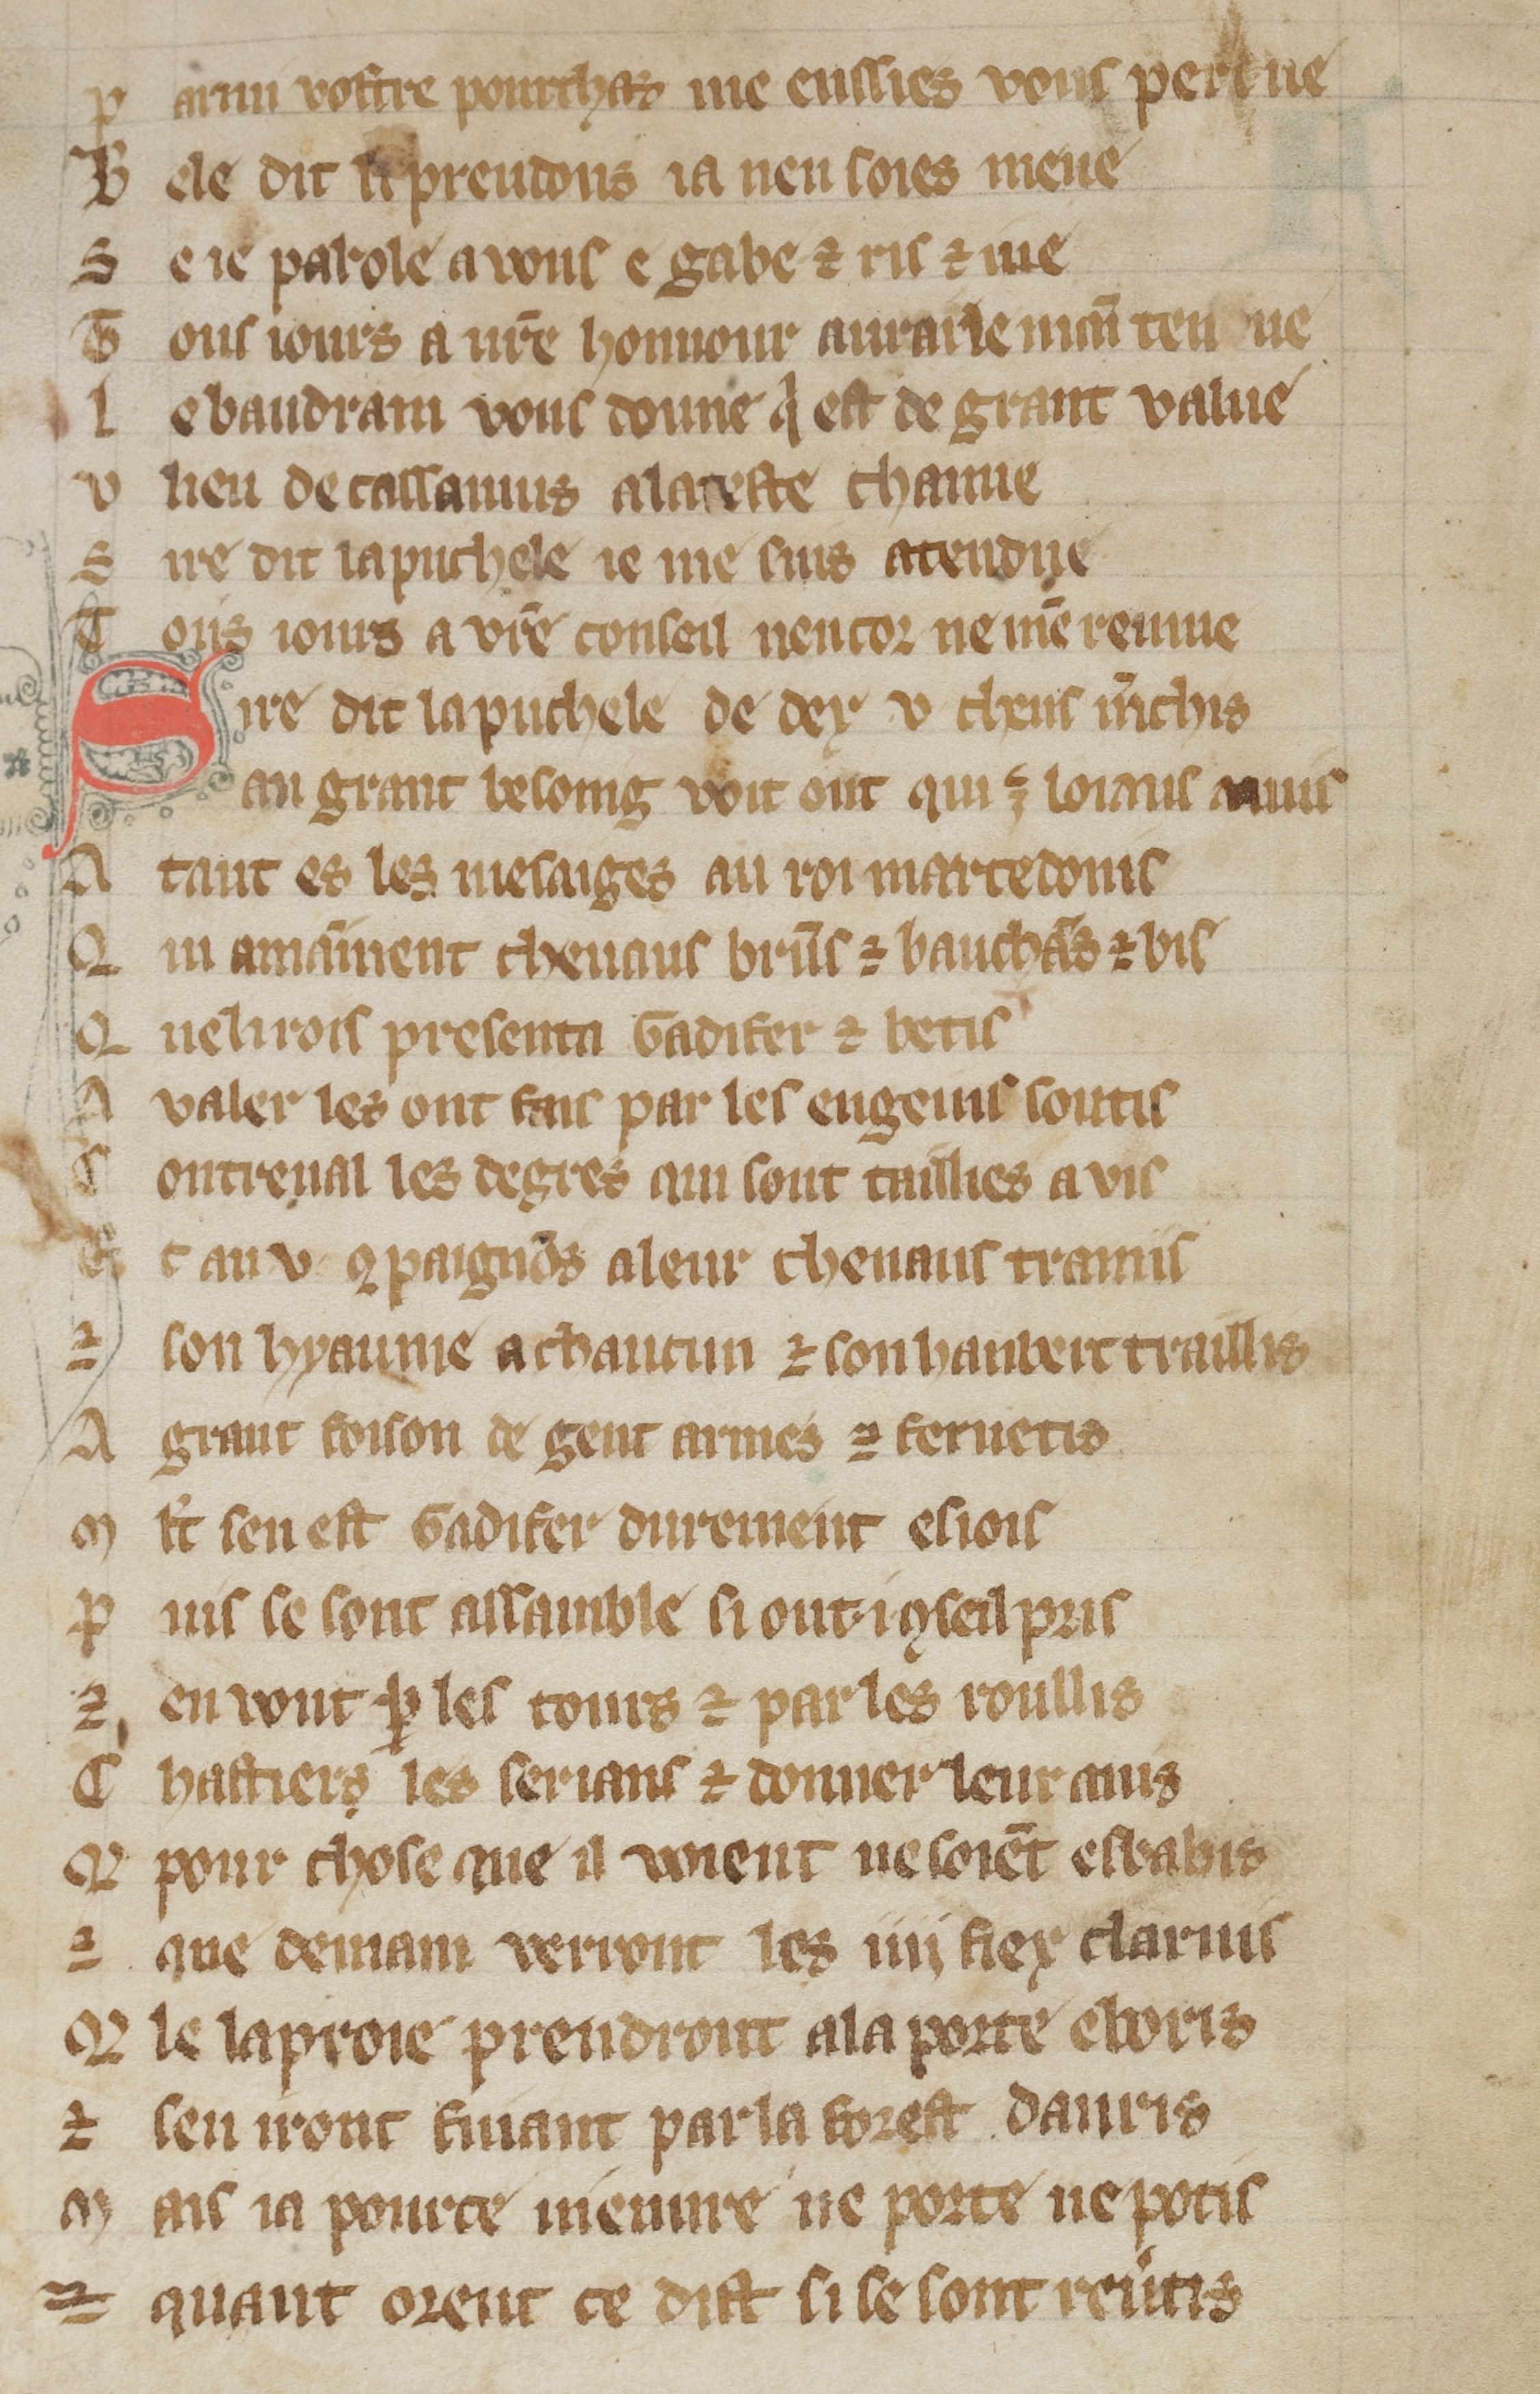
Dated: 1300–1330